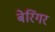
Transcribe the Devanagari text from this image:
बेरिंगर